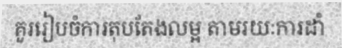
គួររៀបចំការតុបតែងលម្អ តាមរយៈការដាំ